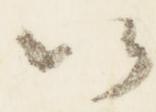
以